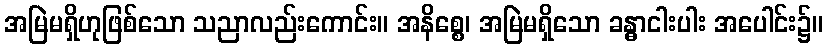
အမြဲမရှိဟုဖြစ်သော သညာလည်းကောင်း။ အနိစ္စေ၊ အမြဲမရှိသော ခန္ဓာငါးပါး အပေါင်း၌။